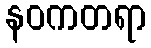
နဝကတရာ